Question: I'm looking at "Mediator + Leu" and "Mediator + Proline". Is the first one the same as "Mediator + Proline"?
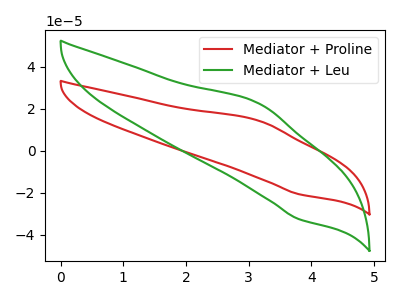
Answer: <think>The red curve "Mediator + Proline" has an anodic peak at (3.15V, 14.35uA) and a cathodic peak at (3.80V, -20.65uA). The green curve "Mediator + Leu" has an anodic peak at (3.15V, 22.60uA) and a cathodic peak at (3.80V, -32.50uA).
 All the peaks in "Mediator + Leu" have a peak in "Mediator + Proline" at the same potential. Every peak in "Mediator + Leu" is higher than every peak in "Mediator + Proline".</think>
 <answer>"Mediator + Leu" and "Mediator + Proline" are similar in shape.</answer>
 <eval>same_shape</eval>